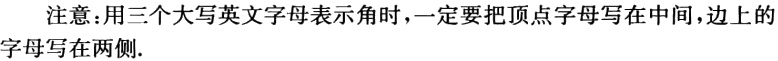
注意：用三个大写英文字母表示角时，一定要把顶点字母写在中间，边上的字母写在两侧.